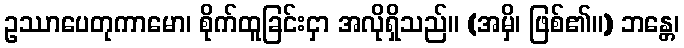
ဥဿာပေတုကာမော၊ စိုက်ထူခြင်းငှာ အလိုရှိသည်။ (အမှိ၊ ဖြစ်၏။) ဘန္တေ၊